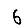
Digit: 6